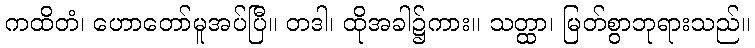
ကထိတံ၊ ဟောတော်မူအပ်ပြီ။ တဒါ၊ ထိုအခါ၌ကား။ သတ္ထာ၊ မြတ်စွာဘုရားသည်။